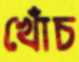
খোঁচ